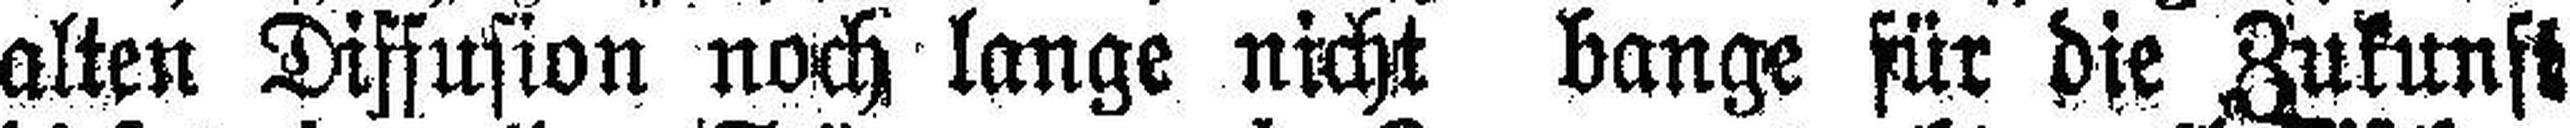
alten Diffusion noch lange nicht bange für die Zukunft